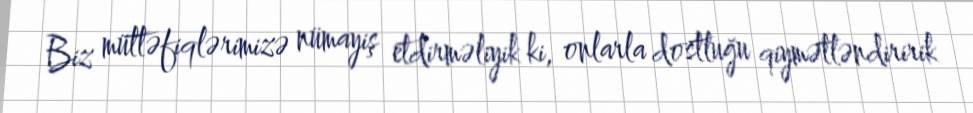
Biz müttəfiqlərimizə nümayiş etdirməliyik ki, onlarla dostluğu qiymətləndiririk